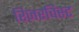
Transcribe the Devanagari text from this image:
रिज़रविस्ट